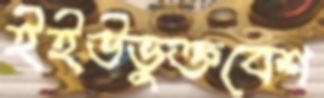
ইইউভুক্তবেশ